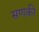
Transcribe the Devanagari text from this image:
सणकी